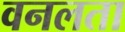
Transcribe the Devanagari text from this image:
वनलता